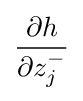
{\frac {\partial h}{\partial z_{j}^{-}}}